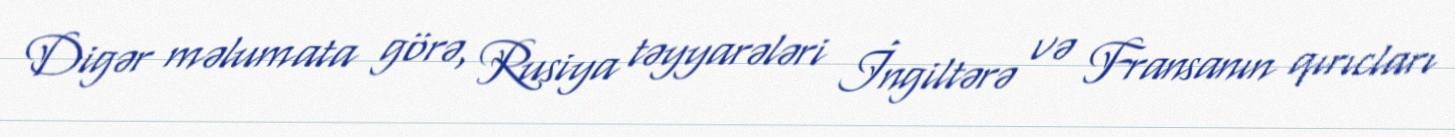
Digər məlumata görə, Rusiya təyyarələri İngiltərə və Fransanın qırıcları